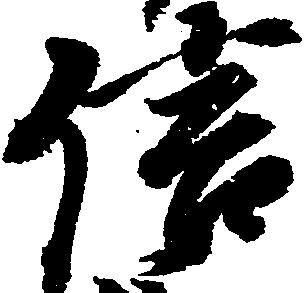
信